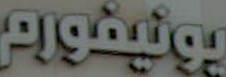
يونيفورم